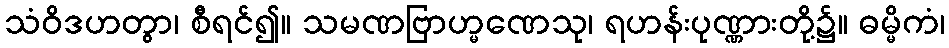
သံဝိဒဟတွာ၊ စီရင်၍။ သမဏဗြာဟ္မဏေသု၊ ရဟန်းပုဏ္ဏားတို့၌။ ဓမ္မိကံ၊